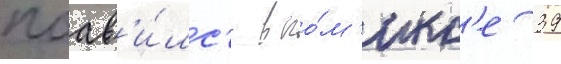
поав'и́лс'я в ко́м'икс'е 39